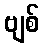
ဗျစ်